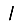
Digit: 1